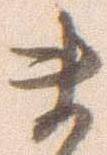
ま